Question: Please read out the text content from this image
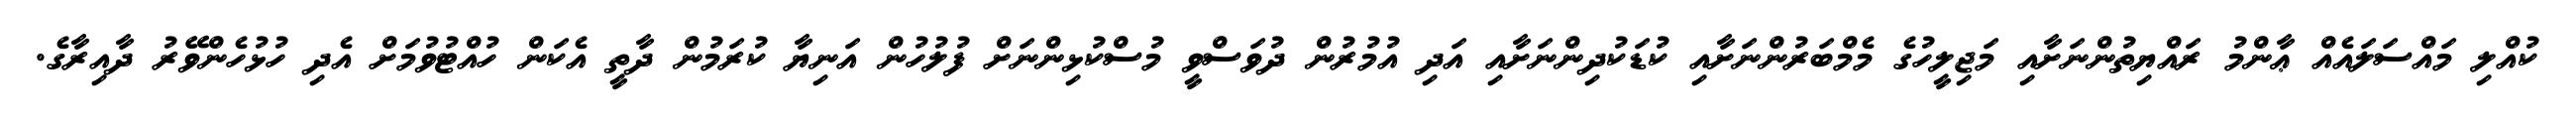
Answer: ކުއްލި މައްސަލައެއް ޢާންމު ރައްޔިތުންނަށާއި މަޖިލީހުގެ މެމްބަރުންނަށާއި ކުޑަކުދިންނަށާއި އަދި އުމުރުން ދުވަސްވީ މުސްކުޅިންނަށް ފުލުހުން އަނިޔާ ކުރަމުން ދާތީ އެކަން ހުއްޓުވުމަށް އެދި ހުޅުހެންވޭރު ދާއިރާގެ.